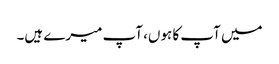
میں آپ کا ہوں، آپ میرے ہیں۔